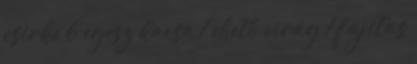
csirke 6 egész kacsa 1 ehető virág 1 fajitas